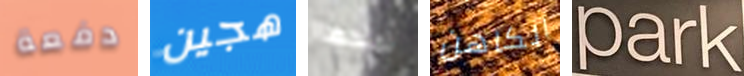
دفعة هجين تمنحها الكاهن Park